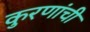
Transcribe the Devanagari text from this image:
कुरणांची